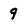
Character: 9